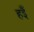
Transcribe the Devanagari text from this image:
हइँ